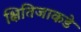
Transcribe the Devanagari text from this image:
क्षितिजाकडे